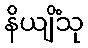
နိယျိံသု